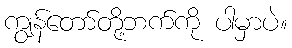
ကျွန်တော်တို့ဘက်ကို ပါမှာပဲ။